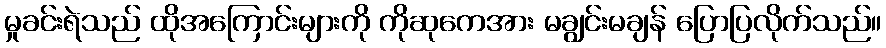
မှုခင်းရဲသည် ထိုအကြောင်းများကို ကိုဆုကေအား မချွင်းမချန် ပြောပြလိုက်သည်။